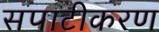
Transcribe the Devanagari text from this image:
सपाटीकरण